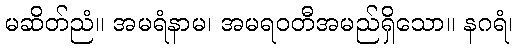
မဆိတ်ညံ။ အမရံနာမ၊ အမရဝတီအမည်ရှိသော။ နဂရံ၊